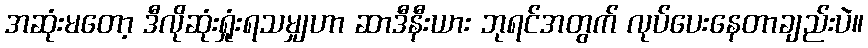
အဆုံးမတော့ ဒီလိုဆုံးရှုံးရသမျှဟာ ဆာဒီနီးယား ဘုရင်အတွက် လုပ်ပေးနေတာချည်းပဲ။